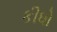
કીધો